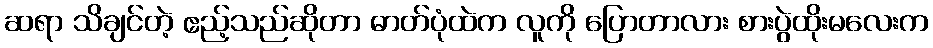
ဆရာ သိချင်တဲ့ ဧည့်သည်ဆိုတာ ဓာတ်ပုံထဲက လူကို ပြောတာလား စားပွဲထိုးမလေးက